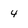
Character: 4